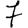
Digit: 7